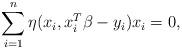
LaTeX: \begin{align*}\sum_{i=1}^n \eta(x_i, x_i^T \beta - y_i) x_i = 0,\end{align*}